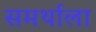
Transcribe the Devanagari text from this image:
समर्थाला